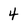
Character: 4